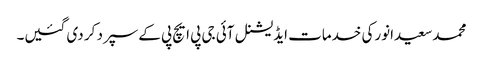
محمدسعیدانورکی خدمات ایڈیشنل آئی جی پی ایچ پی کےسپرد کر دی گئیں۔